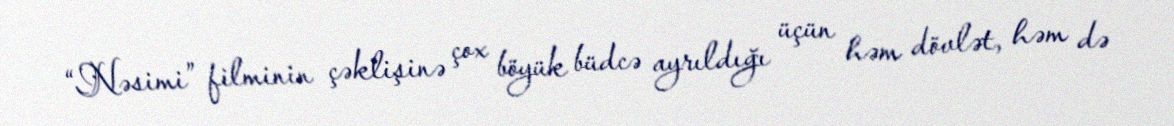
“Nəsimi” filminin çəklişinə çox böyük büdcə ayrıldığı üçün həm dövlət, həm də